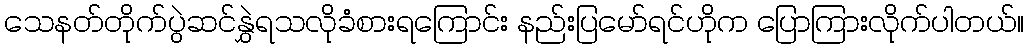
သေနတ်တိုက်ပွဲဆင်နွှဲရသလိုခံစားရကြောင်း နည်းပြမော်ရင်ဟိုက ပြောကြားလိုက်ပါတယ်။